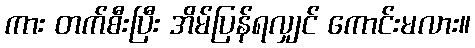
ကား တက်စီးပြီး အိမ်ပြန်ရလျှင် ကောင်းမလား။